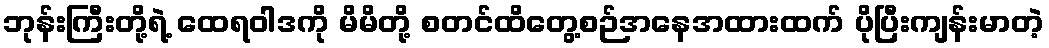
ဘုန်းကြီးတို့ရဲ့ ထေရဝါဒကို မိမိတို့ စတင်ထိတွေ့စဉ်အနေအထားထက် ပိုပြီးကျန်းမာတဲ့